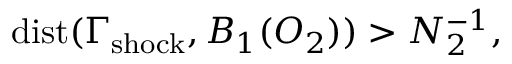
\mathrm { d i s t } ( \Gamma _ { \mathrm { s h o c k } } , B _ { 1 } ( O _ { 2 } ) ) > N _ { 2 } ^ { - 1 } ,